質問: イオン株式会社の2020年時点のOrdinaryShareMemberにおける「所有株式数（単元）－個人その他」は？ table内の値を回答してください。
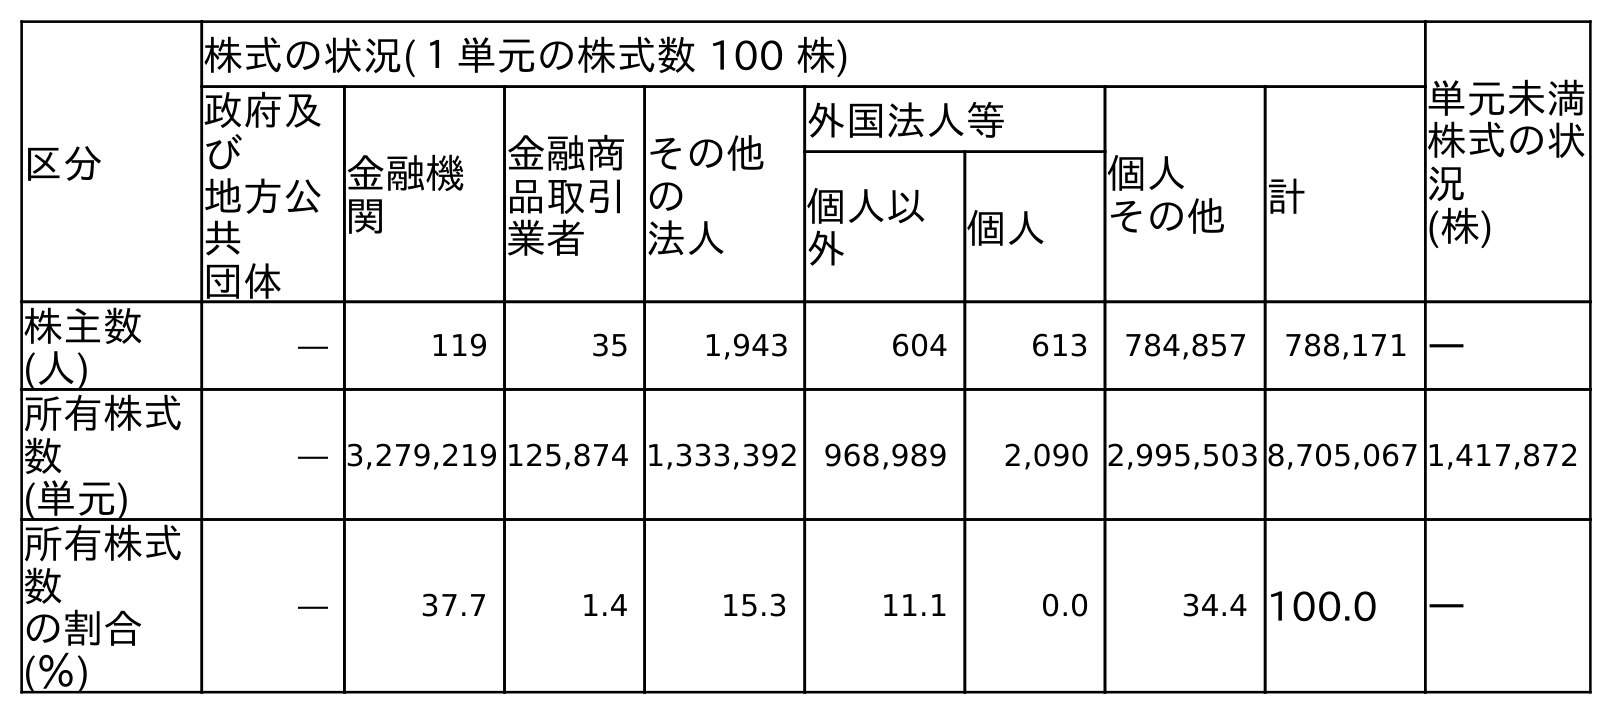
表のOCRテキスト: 区分 株式の状況(１単元の株式数 100 株) 単元未満 株式の状 況 (株) 政府及 び 地方公 共 団体 金融機 関 金融商 品取引 業者 その他 の 法人 外国法人等 個人 その他 計 個人以 外 個人 株主数 (人) ― 119 35 1,943 604 613 784,857 788,171 ― 所有株式 数 (単元) ― 3,279,219 125,874 1,333,392 968,989 2,090 2,995,503 8,705,067 1,417,872 所有株式 数 の割合 (％) ― 37.7 1.4 15.3 11.1 0.0 34.4 100.0 ―
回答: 2,995,503